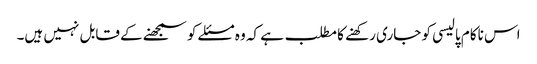
اس ناکام پالیسی کو جاری رکھنے کا مطلب ہے کہ وہ مسئلے کو سمجھنے کے قابل نہیں ہیں۔